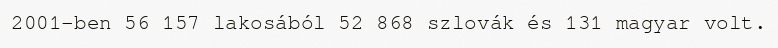
2001-ben 56 157 lakosából 52 868 szlovák és 131 magyar volt.